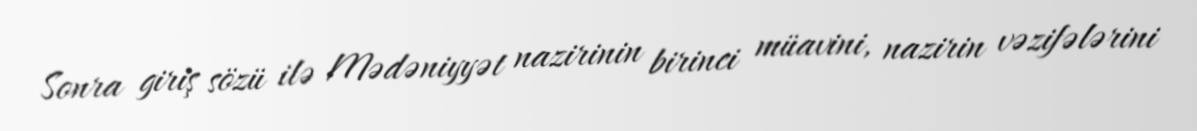
Sonra giriş sözü ilə Mədəniyyət nazirinin birinci müavini, nazirin vəzifələrini